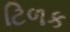
ટિળક